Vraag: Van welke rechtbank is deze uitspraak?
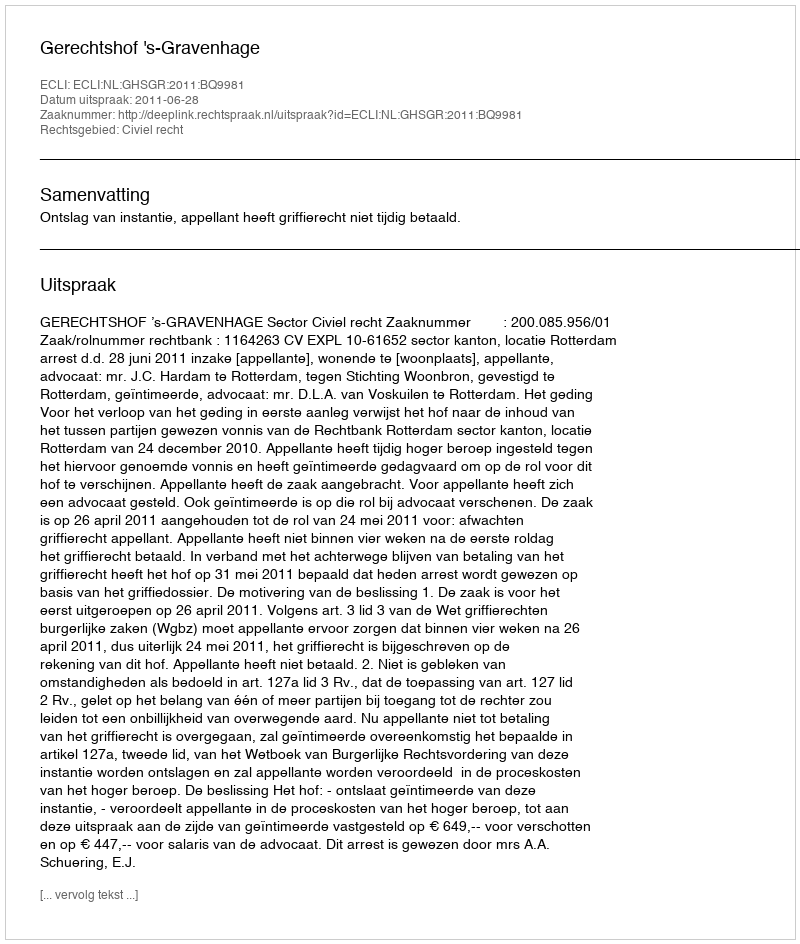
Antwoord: Gerechtshof 's-Gravenhage